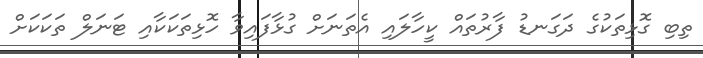
ތިބި ގޮޅިތަކުގެ ދަގަނޑު ފާރުތައް ކީހާލައި އެތަނަށް ގުޅާފައިވާ ހޮޅިތަކަކާއި ޓަނަލް ތަކަކަށް